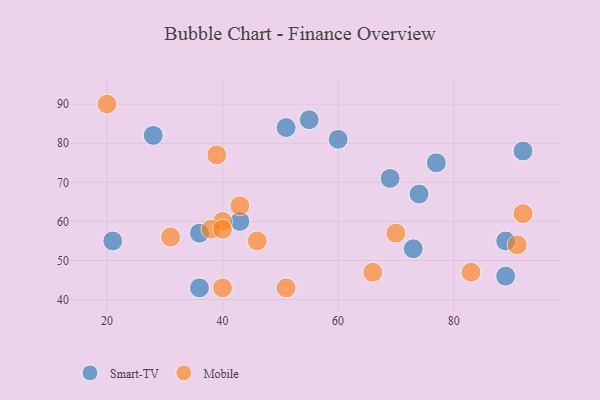
{"axis": {"x": "GDP", "y": "Life Expectancy"}, "legend": ["Mobile", "Smart-TV"], "data": [{"x": "55", "y": 86, "type": "Smart-TV"}, {"x": "89", "y": 46, "type": "Smart-TV"}, {"x": "28", "y": 82, "type": "Smart-TV"}, {"x": "21", "y": 55, "type": "Smart-TV"}, {"x": "73", "y": 53, "type": "Smart-TV"}, {"x": "60", "y": 81, "type": "Smart-TV"}, {"x": "74", "y": 67, "type": "Smart-TV"}, {"x": "89", "y": 55, "type": "Smart-TV"}, {"x": "36", "y": 57, "type": "Smart-TV"}, {"x": "69", "y": 71, "type": "Smart-TV"}, {"x": "51", "y": 84, "type": "Smart-TV"}, {"x": "92", "y": 78, "type": "Smart-TV"}, {"x": "43", "y": 60, "type": "Smart-TV"}, {"x": "36", "y": 43, "type": "Smart-TV"}, {"x": "77", "y": 75, "type": "Smart-TV"}, {"x": "91", "y": 54, "type": "Mobile"}, {"x": "83", "y": 47, "type": "Mobile"}, {"x": "39", "y": 77, "type": "Mobile"}, {"x": "40", "y": 43, "type": "Mobile"}, {"x": "46", "y": 55, "type": "Mobile"}, {"x": "51", "y": 43, "type": "Mobile"}, {"x": "40", "y": 60, "type": "Mobile"}, {"x": "20", "y": 90, "type": "Mobile"}, {"x": "38", "y": 58, "type": "Mobile"}, {"x": "92", "y": 62, "type": "Mobile"}, {"x": "40", "y": 58, "type": "Mobile"}, {"x": "43", "y": 64, "type": "Mobile"}, {"x": "70", "y": 57, "type": "Mobile"}, {"x": "66", "y": 47, "type": "Mobile"}, {"x": "31", "y": 56, "type": "Mobile"}]}